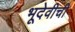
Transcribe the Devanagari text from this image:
भूदेवीची